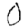
Digit: 0